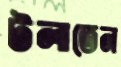
টলাতেন